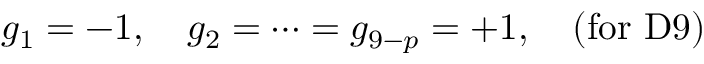
g _ { 1 } = - 1 , \quad g _ { 2 } = \cdots = g _ { 9 - p } = + 1 , \quad \mathrm { ( f o r ~ D 9 ) }